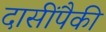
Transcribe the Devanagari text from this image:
दासींपैकी